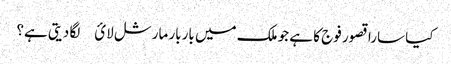
کیا سارا قصور فوج کا ہے جو ملک میں باربار مارشل لائ￿ لگا دیتی ہے؟